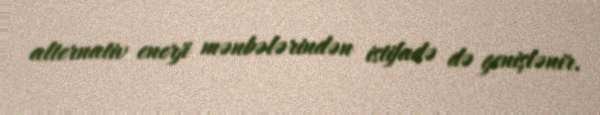
alternativ enerji mənbələrindən istifadə də genişlənir.